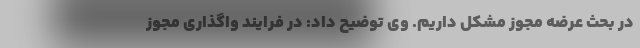
در بحث عرضه مجوز مشکل داریم. وی توضیح داد: در فرایند واگذاری مجوز